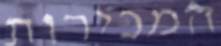
המכירות